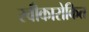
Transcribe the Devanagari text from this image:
स्वीकारोकित